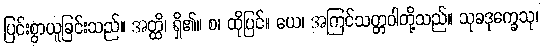
ပြင်းစွာယူခြင်းသည်။ အတ္ထိ၊ ရှိ၏။ စ၊ ထိုပြင်။ ယေ၊ အကြင်သတ္တဝါတို့သည်။ သုခဒုက္ခေသု၊